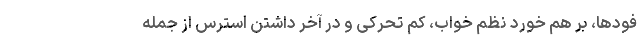
فودها، بر هم خورد نظم خواب، کم تحرکی و در آخر داشتن استرس از جمله